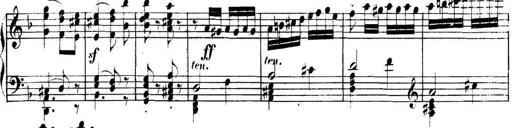
Title: Collected Piano Sonatas
Composer: Muzio Clementi